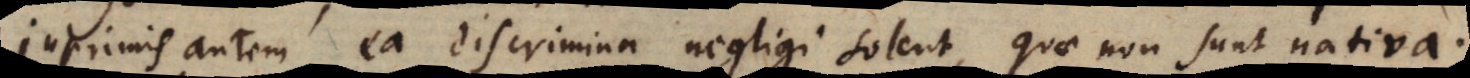
Inprimis autem ea discrimina negligi solent, quae non sunt nativa.